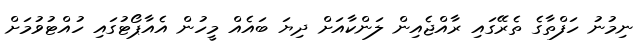
ނިމުނު ހަފްތާގެ ތެރޭގައި ރާއްޖެއިން ލަންކާއަށް ދިޔަ ބައެއް މީހުން އެއާޕޯޓުގައި ހުއްޓުވުމަށް